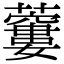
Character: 𧂜